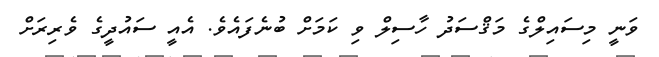
ވަނީ މިސައިލްގެ މަޤްސަދު ހާސިލް ވި ކަމަށް ބުނެފައެވެ. އެއީ ސައުދީގެ ވެރިރަށް